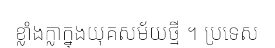
ខ្លាំងក្លាក្នុងយុគសម័យថ្មី ។ ប្រទេស